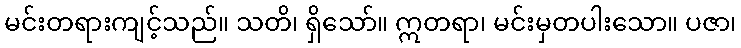
မင်းတရားကျင့်သည်။ သတိ၊ ရှိသော်။ ဣတရာ၊ မင်းမှတပါးသော။ ပဇာ၊